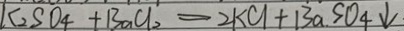
K _ { 2 } S O _ { 4 } + B a C l _ { 2 } = 2 k C l + B a S O _ { 4 } \downarrow